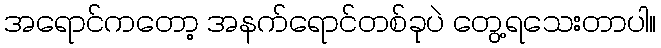
အရောင်ကတော့ အနက်ရောင်တစ်ခုပဲ တွေ့ရသေးတာပါ။